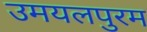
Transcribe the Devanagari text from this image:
उमयलपुरम